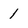
Character: 1